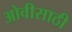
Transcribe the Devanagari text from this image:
ओवीसाठी